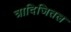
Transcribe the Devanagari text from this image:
त्रादिजितल